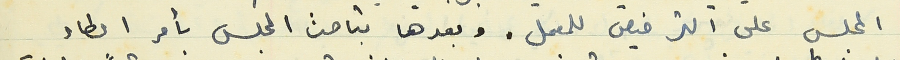
المجلس على الترخيص للمعمل. وبعدها تباحث المجلس بأمر اعطاء